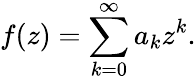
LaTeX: f(z)=\sum_{k=0}^{\infty}a_{k}z^{k}.